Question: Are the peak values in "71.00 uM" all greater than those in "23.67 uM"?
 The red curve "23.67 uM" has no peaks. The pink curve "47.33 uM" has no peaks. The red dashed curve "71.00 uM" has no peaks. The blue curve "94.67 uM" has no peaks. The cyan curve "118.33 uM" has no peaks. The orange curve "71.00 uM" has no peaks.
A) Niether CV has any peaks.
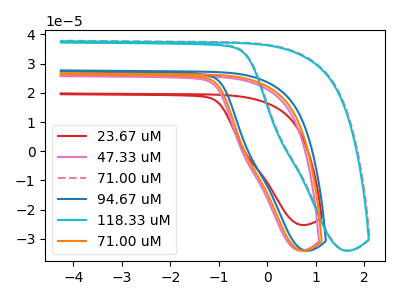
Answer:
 <answer>A) Niether CV has any peaks.</answer>
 <eval>A</eval>